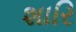
શારિ